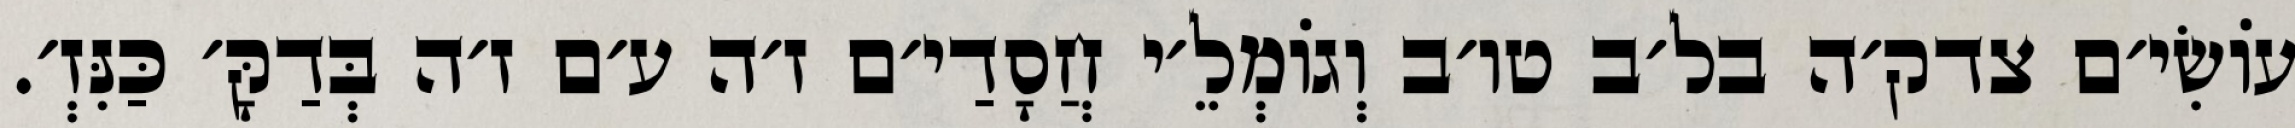
עוֹשִׂי׳ם צדק׳ה בל׳ב טו׳ב וְגוֹמְלֵ׳י חֲסָדַי׳ם ז׳ה ע׳ם ז׳ה בְּדַקָּ׳ כַּנִּזְ׳.